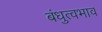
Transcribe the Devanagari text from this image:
बंधुत्वभाव